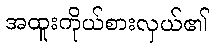
အထူးကိုယ်စားလှယ်၏